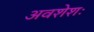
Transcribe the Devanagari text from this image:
अवशेशः